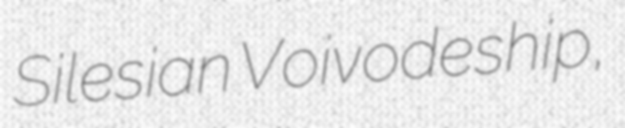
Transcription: Silesian Voivodeship,